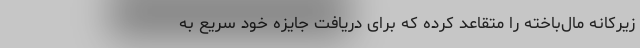
زیرکانه مال‌باخته را متقاعد کرده که برای دریافت جایزه خود سریع به